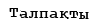
Талпақты